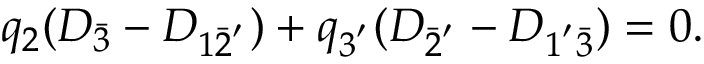
q _ { 2 } ( D _ { \bar { 3 } } - D _ { 1 \bar { 2 } ^ { ' } } ) + q _ { 3 ^ { ' } } ( D _ { \bar { 2 } ^ { ' } } - D _ { 1 ^ { ' } \bar { 3 } } ) = 0 .